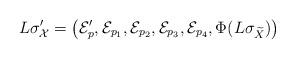
LaTeX: \begin{align*}L\sigma^\prime_\mathcal{X}=\left( \mathcal{E}^\prime_p, \mathcal{E}_{p_1}, \mathcal{E}_{p_2}, \mathcal{E}_{p_3}, \mathcal{E}_{p_4}, \Phi(L\sigma_{\widetilde{X}}) \right)\end{align*}